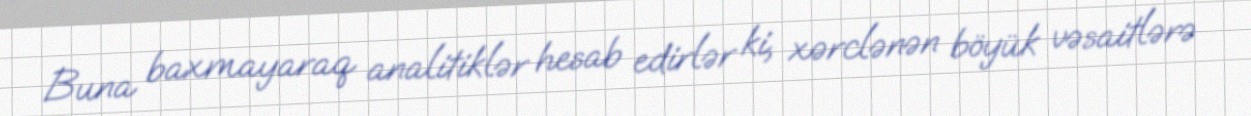
Buna baxmayaraq analitiklər hesab edirlər ki, xərclənən böyük vəsaitlərə